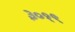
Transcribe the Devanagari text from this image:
३०१९